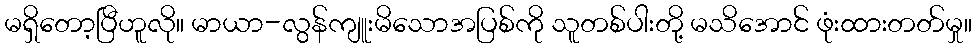
မရှိတော့ပြီဟူလို။ မာယာ-လွန်ကျူးမိသောအပြစ်ကို သူတစ်ပါးတို့ မသိအောင် ဖုံးထားတတ်မှု။